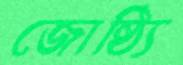
জোষ্ঠ্যি